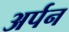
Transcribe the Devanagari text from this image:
अर्पन